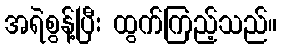
အရဲစွန့်ပြီး ထွက်ကြည့်သည်။